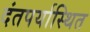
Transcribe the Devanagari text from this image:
दंतपर्यास्थित